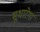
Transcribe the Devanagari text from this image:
सुधारेगा